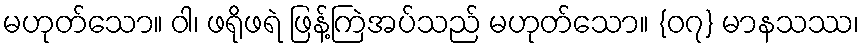
မဟုတ်သော။ ဝါ၊ ဖရိုဖရဲ ဖြန့်ကြဲအပ်သည် မဟုတ်သော။ {၀၇} မာနသဿ၊